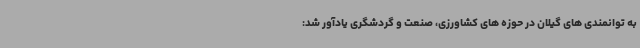
به توانمندی های گیلان در حوزه های کشاورزی، صنعت و گردشگری یادآور شد: